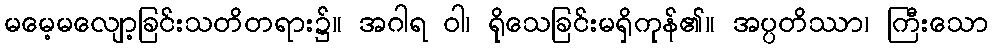
မမေ့မလျော့ခြင်းသတိတရား၌။ အဂါရ ဝါ၊ ရိုသေခြင်းမရှိကုန်၏။ အပ္ပတိဿာ၊ ကြီးသော